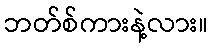
ဘတ်စ်ကားနဲ့လား။